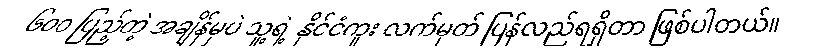
၆၀၀ ပြည့်တဲ့ အချိန်မှပဲ သူ့ရဲ့ နိုင်ငံကူး လက်မှတ် ပြန်လည်ရရှိတာ ဖြစ်ပါတယ်။